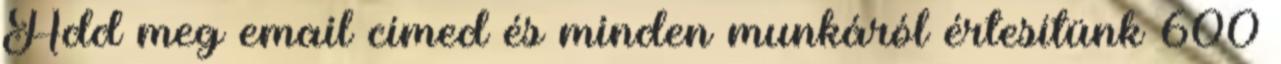
Add meg email címed és minden munkáról értesítünk 600